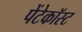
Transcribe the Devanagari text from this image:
पेंटेकॉस्ट